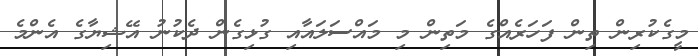
މީގެކުރިން ތިން ފަހަރެއްގެ މަތިން މި މައްސަލައާއި ގުޅިގެން ދެކުނު އޭޝިޔާގެ އެންމެ